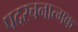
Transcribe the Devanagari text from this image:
पदरचनात्मक